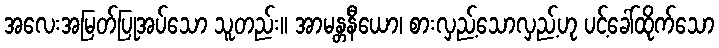
အလေးအမြတ်ပြုအပ်သော သူတည်း။ အာမန္တနီယော၊ စားလှည့်သောလှည့်ဟု ပင့်ခေါ်ထိုက်သော